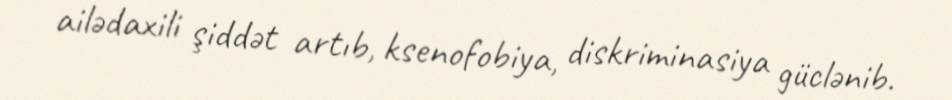
ailədaxili şiddət artıb, ksenofobiya, diskriminasiya güclənib.